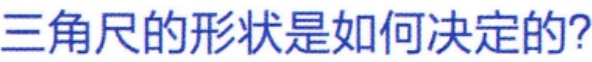
三角尺的形状是如何决定的？